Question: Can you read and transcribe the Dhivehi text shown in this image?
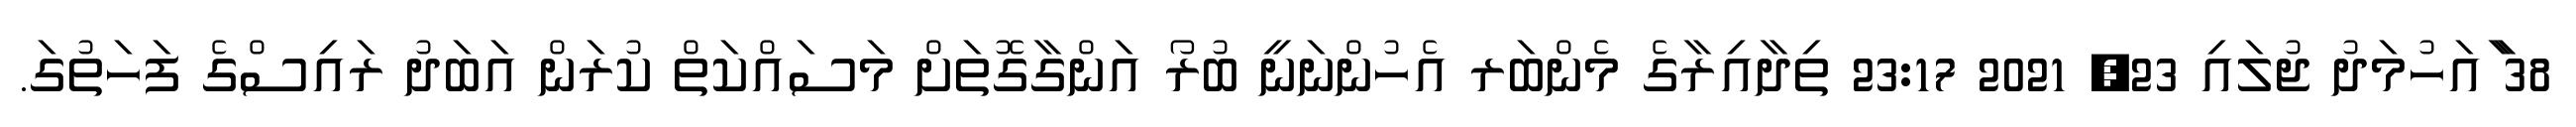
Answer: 38 ާައަހުމަދު ޖުލައި 23, 2021 23:17 ތިދާއިރާގެ މެންބަރ އެހުންނަނީ ބުރޯ އަންގާގޮތަށް މަސައްކަތް ކުރަން އަބަދު ރައިސްގެ ފަހަތުގަ.